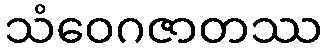
သံဝေဂဇာတဿ